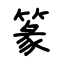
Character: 篆